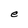
Character: e